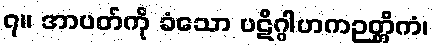
၇။ အာပတ်ကို ခံသော ပဋိဂ္ဂါဟကဉတ္တိကံ၊